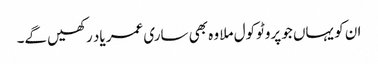
ان کو یہاں جو پروٹوکول ملا وہ بھی ساری عمر یاد رکھیں گے۔